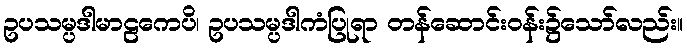
ဥပသမ္ပဒါမာဠကေပိ၊ ဥပသမ္ပဒါကံပြုရာ တန်ဆောင်းဝန်း၌သော်လည်း။